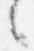
言